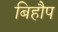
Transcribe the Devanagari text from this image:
बिहौप